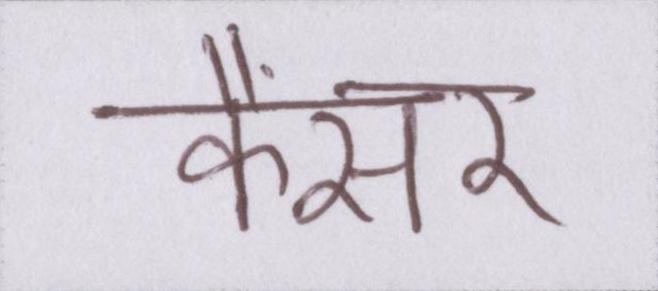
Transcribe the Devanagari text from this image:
कैंसर